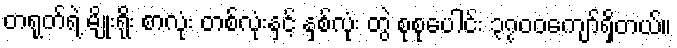
တရုတ်ရဲ့ မျိုးရိုး စာလုံး တစ်လုံးနှင့် နှစ်လုံး တွဲ စုစုပေါင်း ၃၇၀၀ကျော်ရှိတယ်။